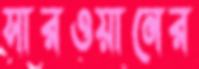
সারওয়ানের